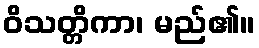
ဝိသတ္တိကာ၊ မည်၏။